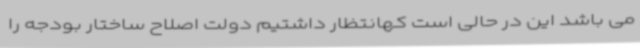
می باشد این در حالی است کهانتظار داشتیم دولت اصلاح ساختار بودجه را